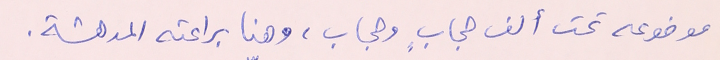
موضوعه تحت ألف حجابٍ وحجاب، وهنا براعته المدهشة.